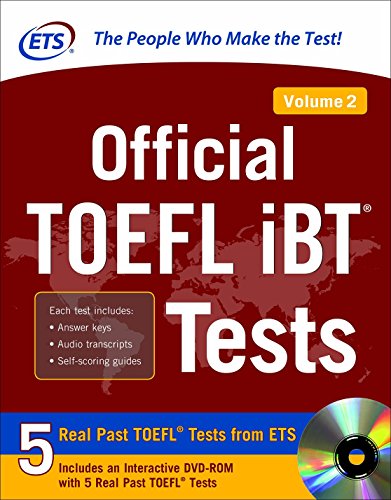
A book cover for Official TOEFL iBTÂ® Tests Volume 2; Educational Testing Service; Test Preparation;